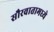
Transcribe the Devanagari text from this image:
सौरवातामध्ये